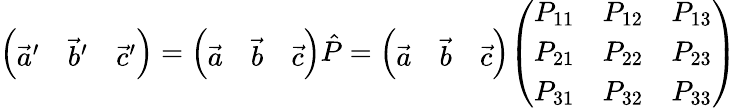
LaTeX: {\left(\begin{array}{lll}{{\vec{a}}^{\prime}}&{{\vec{b}}^{\prime}}&{{\vec{c}}^{\prime}}\end{array}\right)}={\left(\begin{array}{lll}{{\vec{a}}}&{{\vec{b}}}&{{\vec{c}}}\end{array}\right)}{\hat{P}}={\left(\begin{array}{lll}{{\vec{a}}}&{{\vec{b}}}&{{\vec{c}}}\end{array}\right)}{\left(\begin{array}{lll}{P_{11}}&{P_{12}}&{P_{13}}\\ {P_{21}}&{P_{22}}&{P_{23}}\\ {P_{31}}&{P_{32}}&{P_{33}}\end{array}\right)}